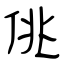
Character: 佻